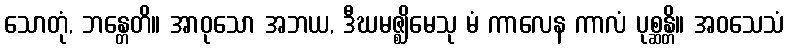
သောတုံ, ဘန္တေတိ။ အာဝုသော အဘယ, ဒီဃမဇ္ဈိမေသု မံ ကာလေန ကာလံ ပုစ္ဆန္တိ။ အဝသေသံ